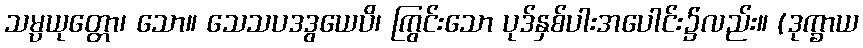
သမ္ပယုတ္တော၊ သော။ သေသပဒဒွယေပိ၊ ကြွင်းသော ပုဒ်နှစ်ပါးအပေါင်း၌လည်း။ (ဒုက္ခာယ